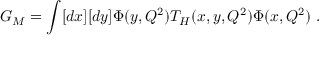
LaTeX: G _ { M } = \int [ d x ] [ d y ] \Phi ( y , Q ^ { 2 } ) T _ { H } ( x , y , Q ^ { 2 } ) \Phi ( x , Q ^ { 2 } ) \ .